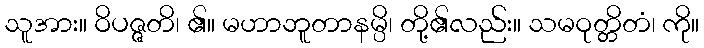
သူအား။ ဝိပဇ္ဇတိ၊ ၏။ မဟာဘူတာနမ္ပိ၊ တို့၏လည်း။ သမဝုတ္တိတံ၊ ကို။